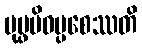
ပုပ္ဖမိဝပ္ပစေဿတိ